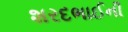
શરદભાઈની